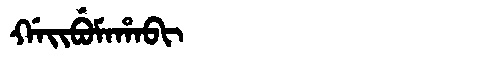
Manchu: ᡤᠠᡳᠪᡠᠮᠠᡥᠠᠪᡳ
Romanization: GAIBUMAHABI